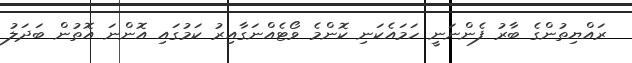
ރައްޔިތުންގެ ބާރު ފެންނަނީ ހަމައެކަނި ކޮންމެ ވޯޓެއްނަގާއިރު ކަމުގައި އޮންނަ އޮތުން ބަދަލު